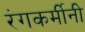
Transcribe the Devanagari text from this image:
रंगकर्मीनी